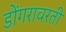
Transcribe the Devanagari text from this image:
डोंगरावरती